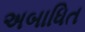
અબાધિત